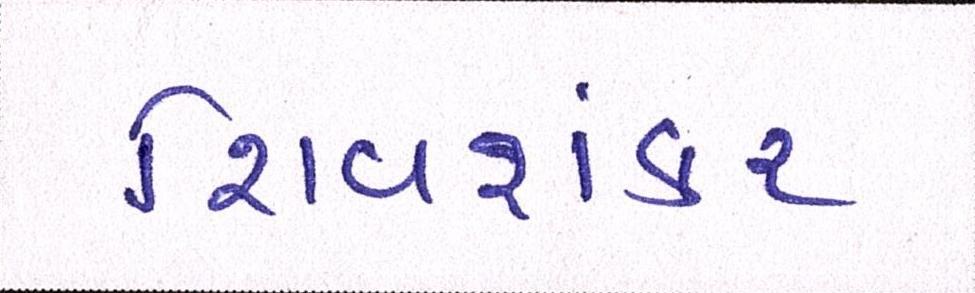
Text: શિવશંકર